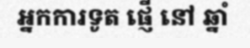
អ្នកការទូត ផ្ញើ នៅ ឆ្នាំ